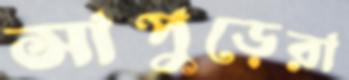
সাপুড়েরা